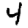
Digit: 4